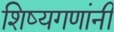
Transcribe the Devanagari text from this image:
शिष्यगणांनी